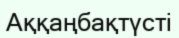
Аққаңбақтүсті